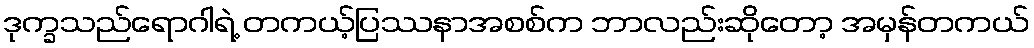
ဒုက္ခသည်ရောဂါရဲ့ တကယ့်ပြဿနာအစစ်က ဘာလည်းဆိုတော့ အမှန်တကယ်